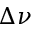
\Delta \nu